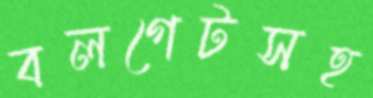
বলগেটসহ